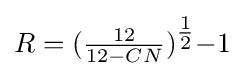
R=({\tfrac {12}{12-CN}})^{\tfrac {1}{2}}{-1}